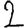
Digit: 2